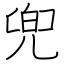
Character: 兜